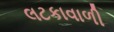
લટકાવાળી